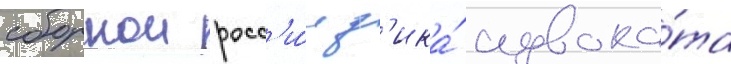
сборнои росс'и́и д'ика́ адвока́та